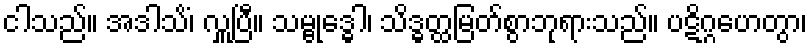
ငါသည်။ အဒါသိံ၊ လှူပြီ။ သမ္ဗုဒ္ဓေါ၊ သိဒ္ဓတ္ထမြတ်စွာဘုရားသည်။ ပဋိဂ္ဂဟေတွာ၊